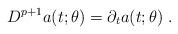
LaTeX: \begin{align*}D^{p+1}a(t;\theta )=\partial_{t} a(t;\theta ) \;.\end{align*}